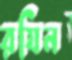
রযিন